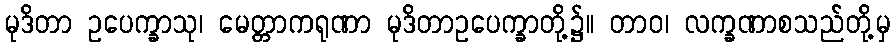
မုဒိတာ ဥပေက္ခာသု၊ မေတ္တာကရုဏာ မုဒိတာဥပေက္ခာတို့၌။ တာဝ၊ လက္ခဏာစသည်တို့မှ